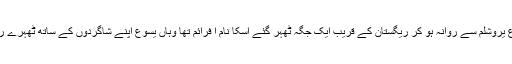
یسوع یروشلم سے روانہ ہو کر ریگستان کے قریب ایک جگہ ٹھہر گئے اسکا نام ا فرائم تھا وہاں یسوع اپنے شاگردوں کے ساتھ ٹھہرے رہے۔